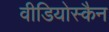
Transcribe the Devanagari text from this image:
वीडियोस्कैन